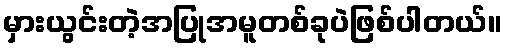
မှားယွင်းတဲ့အပြုအမူတစ်ခုပဲဖြစ်ပါတယ်။